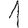
Digit: 1